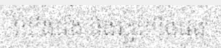
យើងផង និងរដ្ឋយើងផង